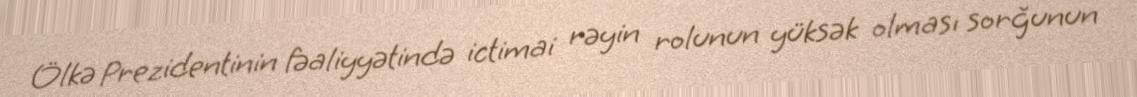
Ölkə Prezidentinin fəaliyyətində ictimai rəyin rolunun yüksək olması sorğunun